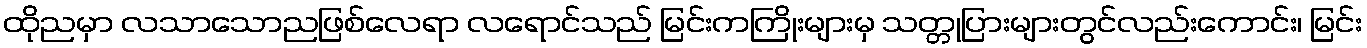
ထိုညမှာ လသာသောညဖြစ်လေရာ လရောင်သည် မြင်းကကြိုးများမှ သတ္တုပြားများတွင်လည်းကောင်း၊ မြင်း